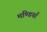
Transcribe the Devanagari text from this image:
मण्डियाँ